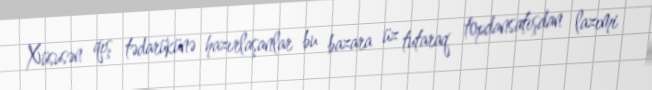
Xüsusən qış tədarükünə hazırlaşanlar bu bazara üz tutaraq topdansatışdan lazımi